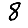
Digit: 8